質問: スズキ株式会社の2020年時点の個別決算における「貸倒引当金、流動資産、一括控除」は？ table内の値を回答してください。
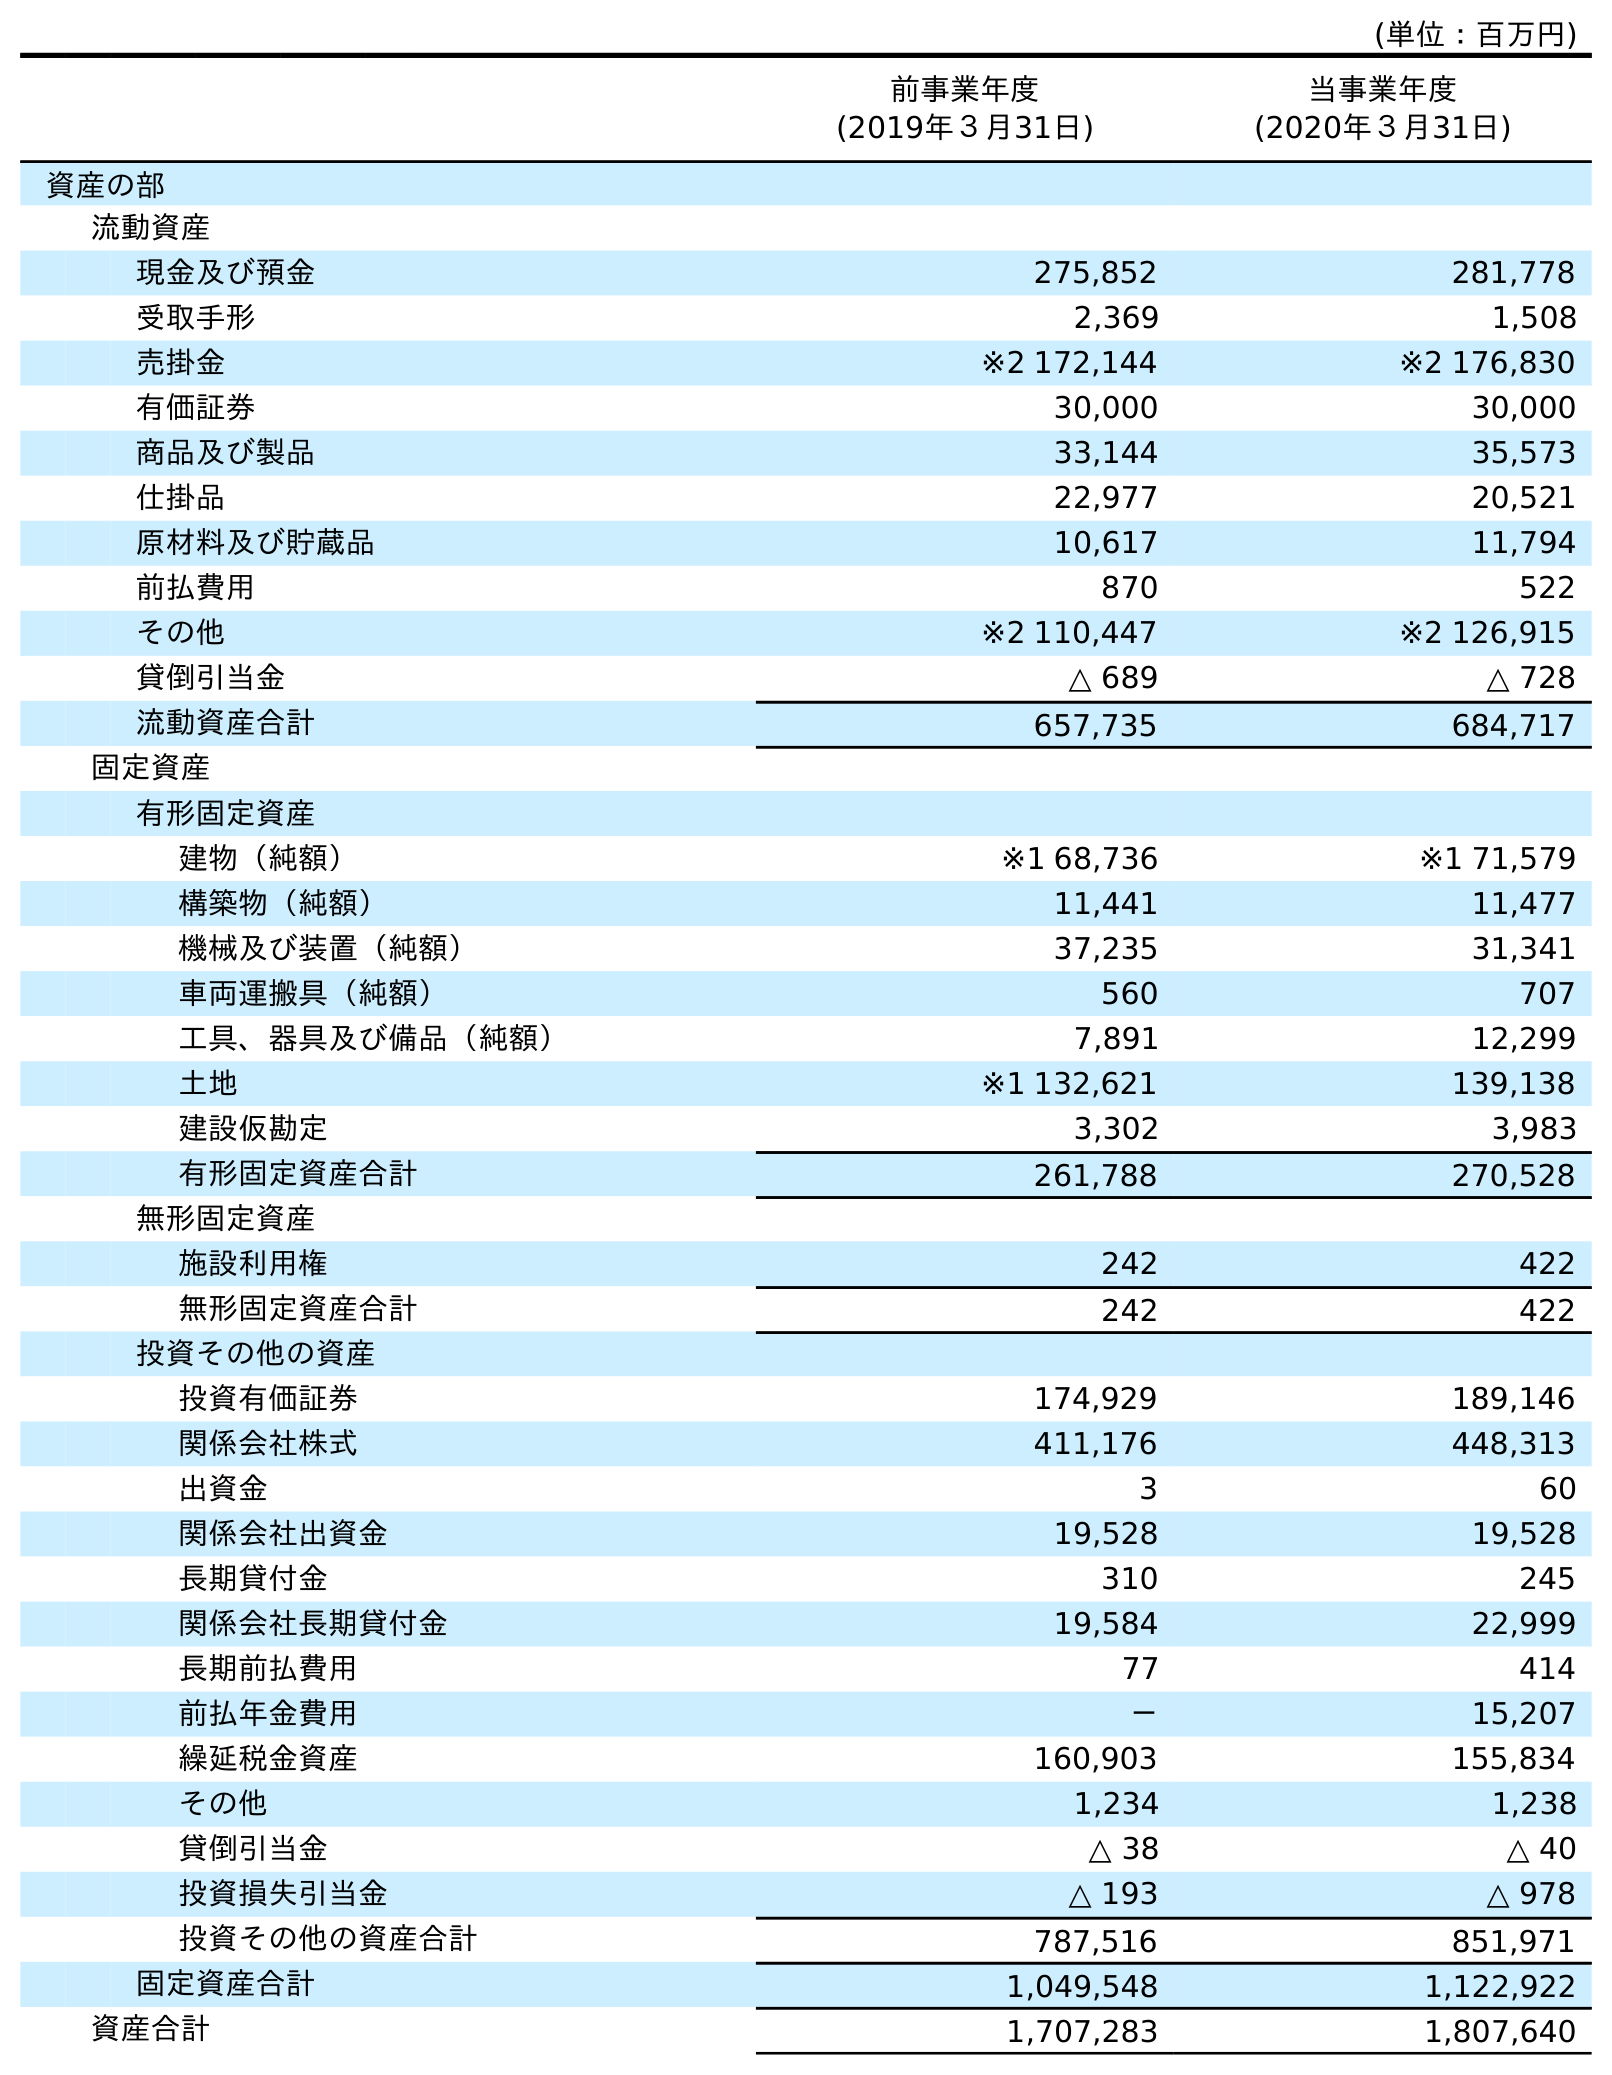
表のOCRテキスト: (単位：百万円) 前事業年度 (2019年３月31日) 当事業年度 (2020年３月31日) 資産の部 流動資産 現金及び預金 275,852 281,778 受取手形 2,369 1,508 売掛金 ※2 172,144 ※2 176,830 有価証券 30,000 30,000 商品及び製品 33,144 35,573 仕掛品 22,977 20,521 原材料及び貯蔵品 10,617 11,794 前払費用 870 522 その他 ※2 110,447 ※2 126,915 貸倒引当金 △ 689 △ 728 流動資産合計 657,735 684,717 固定資産 有形固定資産 建物（純額） ※1 68,736 ※1 71,579 構築物（純額） 11,441 11,477 機械及び装置（純額） 37,235 31,341 車両運搬具（純額） 560 707 工具、器具及び備品（純額） 7,891 12,299 土地 ※1 132,621 139,138 建設仮勘定 3,302 3,983 有形固定資産合計 261,788 270,528 無形固定資産 施設利用権 242 422 無形固定資産合計 242 422 投資その他の資産 投資有価証券 174,929 189,146 関係会社株式 411,176 448,313 出資金 3 60 関係会社出資金 19,528 19,528 長期貸付金 310 245 関係会社長期貸付金 19,584 22,999 長期前払費用 77 414 前払年金費用 － 15,207 繰延税金資産 160,903 155,834 その他 1,234 1,238 貸倒引当金 △ 38 △ 40 投資損失引当金 △ 193 △ 978 投資その他の資産合計 787,516 851,971 固定資産合計 1,049,548 1,122,922 資産合計 1,707,283 1,807,640
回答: △728